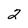
Character: 2